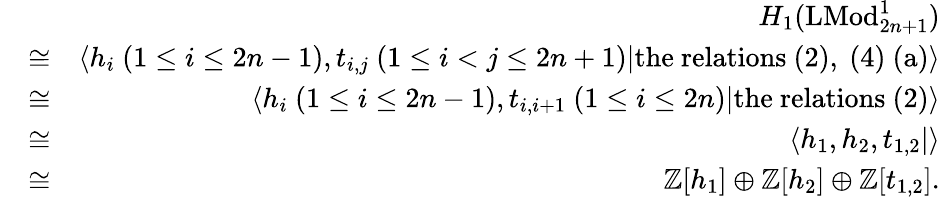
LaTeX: \begin{array}{rlr}&{}&{H_{1}(\mathrm{LMod}_{2n+1}^{1})}\\ &{\cong}&{\left<h_{i}\ (1\leq i\leq 2n-1),t_{i,j}\ (1\leq i<j\leq 2n+1)\middle|\mathrm{the~relations~(2),~(4)~(a)}\right>}\\ &{\cong}&{\left<h_{i}\ (1\leq i\leq 2n-1),t_{i,i+1}\ (1\leq i\leq 2n)\middle|\mathrm{the~relations~(2)}\right>}\\ &{\cong}&{\left<h_{1},h_{2},t_{1,2}\middle|\right>}\\ &{\cong}&{\mathbb{Z}[h_{1}]\oplus\mathbb{Z}[h_{2}]\oplus\mathbb{Z}[t_{1,2}].}\end{array}